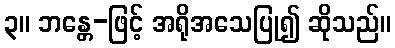
၃။ ဘန္တေ-ဖြင့် အရိုအသေပြု၍ ဆိုသည်။